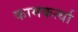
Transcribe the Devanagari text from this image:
कामकर्त्या